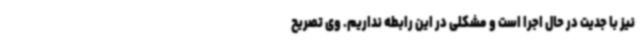
نیز با جدیت در حال اجرا است و مشکلی در این رابطه نداریم. وی تصریح‌